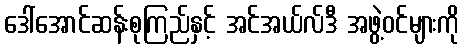
ဒေါ်အောင်ဆန်းစုကြည်နှင့် အင်အယ်လ်ဒီ အဖွဲ့ဝင်များကို